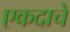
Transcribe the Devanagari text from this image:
एकदाचे